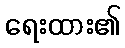
ရေးထား၏